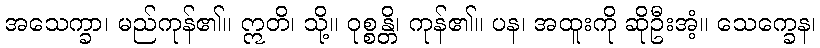
အသေက္ခာ၊ မည်ကုန်၏။ ဣတိ၊ သို့။ ဝုစ္စန္တိ၊ ကုန်၏။ ပန၊ အထူးကို ဆိုဦးအံ့။ သေက္ခေန၊